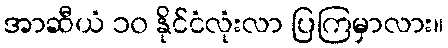
အာဆီယံ ၁၀ နိုင်ငံလုံးလာ ပြကြမှာလား။